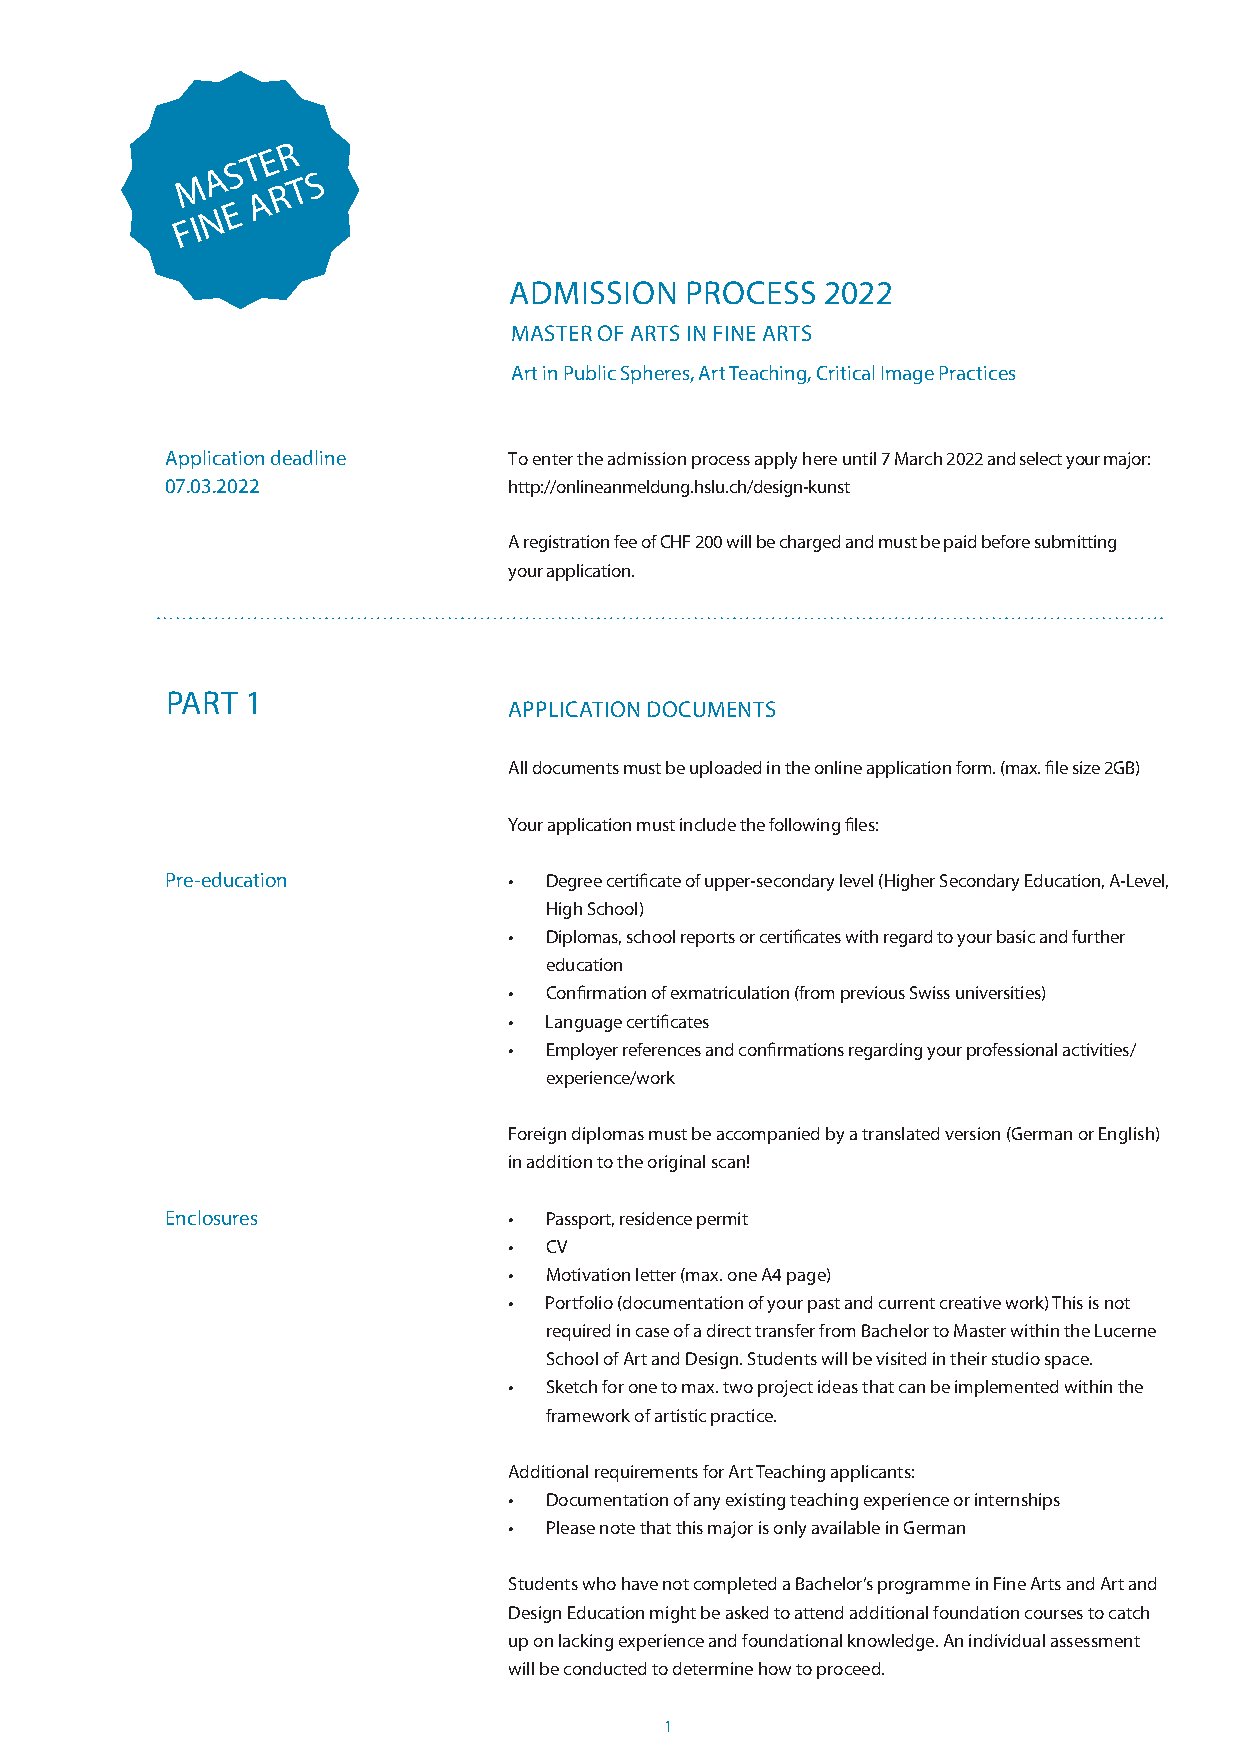
R
 E
 T
 S
 M A     T S
 R
 A
 E
 N
 F I
 ADMISSION  PROCESS  2022
 MASTER OF ARTS IN FINE ARTS
 Art in Public Spheres, Art Teaching, Critical Image Practices
 Application deadline   To enter the admission process apply here until 7 March 2022 and select your major:
 07.03.2022             http://onlineanmeldung.hslu.ch/design-kunst
 A registration fee of CHF 200 will be charged and must be paid before submitting
 your application.
 PART 1
 APPLICATION DOCUMENTS
 All documents must be uploaded in the online application form. (max. fi le size 2GB)
 Your application must include the following fi les:
 Pre-education          • Degree certifi cate of upper-secondary level (Higher Secondary Education, A-Level,
 High School)
 • Diplomas, school reports or certifi cates with regard to your basic and further
 education
 • Confi rmation of exmatriculation (from previous Swiss universities)
 • Language certifi cates
 • Employer references and confi rmations regarding your professional activities/
 experience/work
 Foreign diplomas must be accompanied by a translated version (German or English)
 in addition to the original scan!
 Enclosures             • Passport, residence permit
 • CV
 • Motivation letter (max. one A4 page)
 • Portfolio (documentation of your past and current creative work) This is not
 required in case of a direct transfer from Bachelor to Master within the Lucerne
 School of Art and Design. Students will be visited in their studio space.
 • Sketch for one to max. two project ideas that can be implemented within the
 framework of artistic practice.
 Additional requirements for Art Teaching applicants:
 • Documentation of any existing teaching experience or internships
 • Please note that this major is only available in German
 Students who have not completed a Bachelor’s programme in Fine Arts and Art and
 Design Education might be asked to attend additional foundation courses to catch
 up on lacking experience and foundational knowledge. An individual assessment
 will be conducted to determine how to proceed.
 1